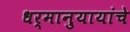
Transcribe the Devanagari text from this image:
धर्मानुयायांचे